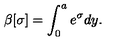
\beta [ \sigma ] = \int _ { 0 } ^ { a } e ^ { \sigma } d y .